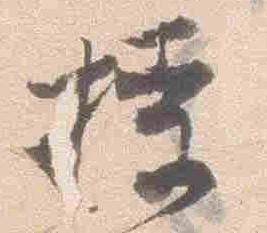
授